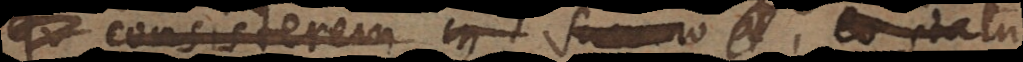
qu consisterem in summo al eo statu,